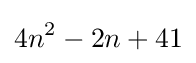
4n^{2}-2n+41